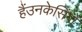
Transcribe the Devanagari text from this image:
हैंउनकेसिंगों